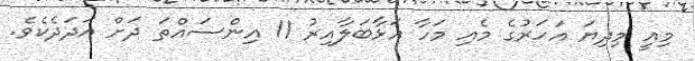
މިއީ މިދިޔަ އަހަރުގެ މެއި މަހާ އަޅާބަލާއިރު 11 އިންސައްތަ ދަށް އަދަދެކެވެ.